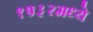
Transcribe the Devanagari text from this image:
१५३२मध्ये